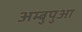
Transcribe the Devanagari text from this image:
अम्बुपुआ